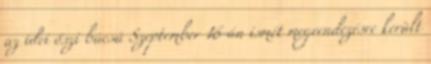
az idei őszi búcsú Szeptember 16-án ismét megrendezésre került